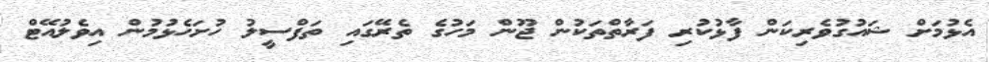
އެޅުމަށް ޝައުގުވެރިކަން ފާޅުކުރި ފަރާތްތަކުން ޖޫން މަހުގެ ތެރޭގައި ތަފްސީލު ހުށަހެޅުމުން އިވެލުއޭޓް